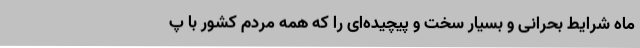
ماه شرایط بحرانی و بسیار سخت و پیچیده‌ای را که همه مردم کشور با پ